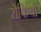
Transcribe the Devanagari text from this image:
रोकियो